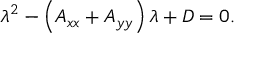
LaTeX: \lambda ^ { 2 } - \left( A _ { x x } + A _ { y y } \right) \lambda + D = 0 .